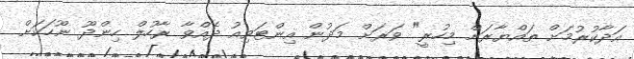
އަދާކުރުމަށް ތައްޔާރަށް މިހުރީ" ވަރަށް މަދުން އިންޓަވިއު ދެއްވާ ރާހުލް ހިންދޫ ނޫހަކަށް